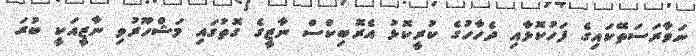
ނަވާރަސަތޭކައިގެ ފަހުކޮޅާއި ދެހާހުގެ ކުރީކޮޅު އެރޮބިކްސް ނާޒީގެ ގޮތުގައި މަޝްހޫރުވި ނާޒީއަކީ ބުރަ